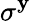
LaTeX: \sigma^{\mathbf{y}}